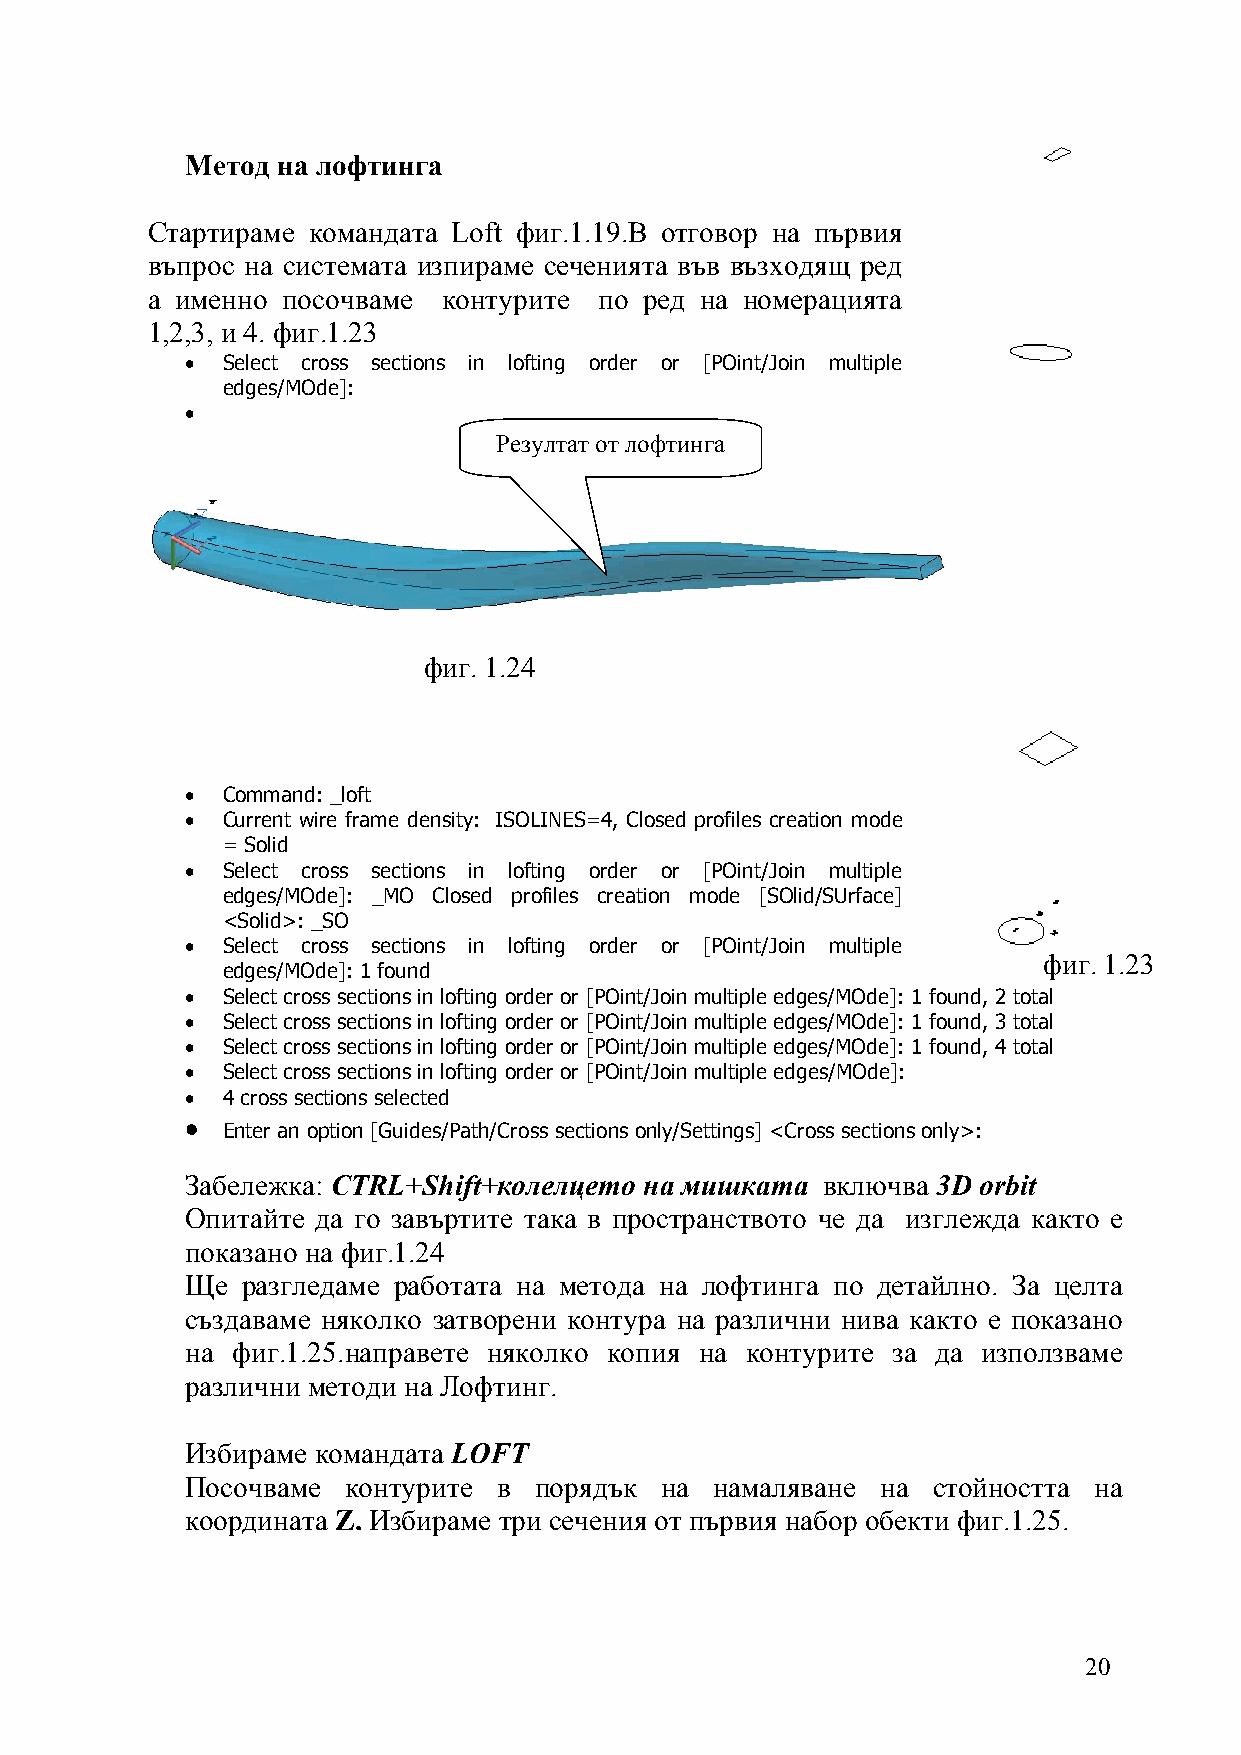
Метод на лофтинга
 Стартираме командата Loft фиг.1.19.В отговор на първия
 въпрос на системата изпираме сеченията във възходящ ред
 а именно посочваме контурите  по ред на номерацията
 1,2,3, и 4. фиг.1.23
 •  Select cross sections in lofting order or [POint/Join multiple
 edges/MOde]:
 •
 Резултат от лофтинга
 фиг. 1.24
 •  Command: _loft
 •  Current wire frame density: ISOLINES=4, Closed profiles creation mode
 = Solid
 •  Select cross sections in lofting order or [POint/Join multiple
 edges/MOde]: _MO Closed profiles creation mode [SOlid/SUrface]
 <Solid>: _SO
 •  Select cross sections in lofting order or [POint/Join multiple
 фиг. 1.23
 edges/MOde]: 1 found
 •  Select cross sections in lofting order or [POint/Join multiple edges/MOde]: 1 found, 2 total
 •  Select cross sections in lofting order or [POint/Join multiple edges/MOde]: 1 found, 3 total
 •  Select cross sections in lofting order or [POint/Join multiple edges/MOde]: 1 found, 4 total
 •  Select cross sections in lofting order or [POint/Join multiple edges/MOde]:
 •  4 cross sections selected
 •  Enter an option [Guides/Path/Cross sections only/Settings] <Cross sections only>:
 Забележка: CTRL+Shift+колелцето на мишката включва 3D orbit
 Опитайте да го завъртите така в пространството че да изглежда както е
 показано на фиг.1.24
 Ще  разгледаме работата на метода на лофтинга по детайлно. За целта
 създаваме няколко затворени контура на различни нива както е показано
 на фиг.1.25.направете няколко копия на контурите за да използваме
 различни методи на Лофтинг.
 Избираме командата LOFT
 Посочваме  контурите в порядък  на намаляване на  стойността на
 координата Z. Избираме три сечения от първия набор обекти фиг.1.25.
 20